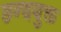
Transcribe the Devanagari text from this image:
छन्दयुक्त